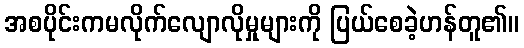
အစပိုင်းကမလိုက်လျောလိုမှုများကို ပြယ်စေခဲ့ဟန်တူ၏။